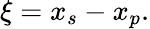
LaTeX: \xi=x_{s}-x_{p}.